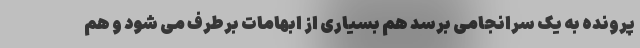
پرونده به یک سرانجامی برسد هم بسیاری از ابهامات برطرف می شود و هم